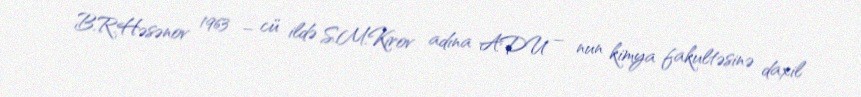
B.R.Həsənov 1963 – cü ildə S.M.Kirov adına ADU – nun kimya fakultəsinə daxil